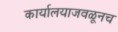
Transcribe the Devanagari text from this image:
कार्यालयाजवळूनच